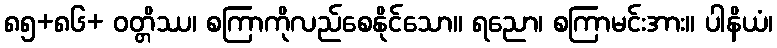
၈၅+၈၆+ ဝတ္တိဿ၊ စကြာကိုလည်စေနိုင်သော။ ရညော၊ စကြာမင်းအား။ ပါနိယံ၊